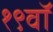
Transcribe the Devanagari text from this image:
१९वॉ